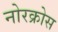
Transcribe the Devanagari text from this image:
नोरक्रोस